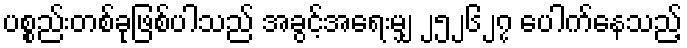
ပစ္စည်းတစ်ခုဖြစ်ပါသည် အခွင့်အရေးမျှ ၂၅၂၆၂၇ ပေါက်နေသည့်